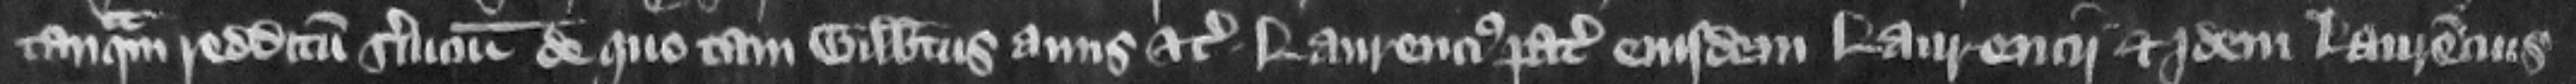
tanquam redditum seruicium de quo tam Gilbertus auus etc. Laurencius pater eiusdem Laurencii et idem Laurencius